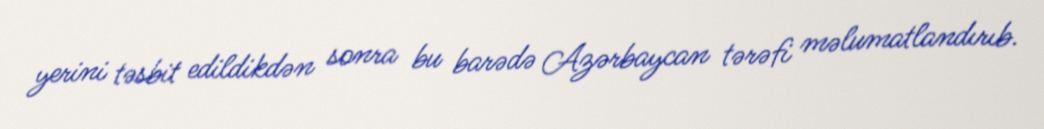
yerini təsbit edildikdən sonra bu barədə Azərbaycan tərəfi məlumatlandırıb.